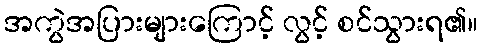
အကွဲအပြားများကြောင့် လွင့် စင်သွားရ၏။